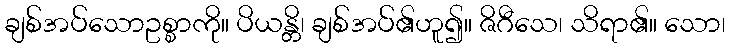
ချစ်အပ်သောဥစ္စာကို။ ပိယန္တိ၊ ချစ်အပ်၏ဟူ၍။ ဇိဂီသေ၊ သိရာ၏။ သော၊